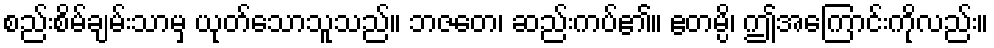
စည်းစိမ်ချမ်းသာမှ ယုတ်သောသူသည်။ ဘဇတေ၊ ဆည်းကပ်၏။ ဧတမ္ပိ၊ ဤအကြောင်းကိုလည်း။